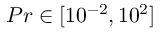
P r \in [ 1 0 ^ { - 2 } , 1 0 ^ { 2 } ]